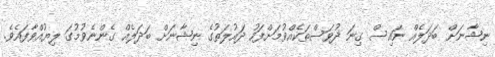
ނިޝާނަށް ބަދަލެއް ނައިސް ގިނަ ދުވަސްތަކެއްވުމަށްފަހު ދައުލަތުގެ ނިޝާނަށް ބަދަލެއް ގެންނެވުމުގަ ލިޔުއްވާފައެވެ.